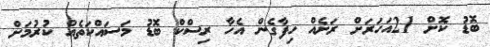
ބޮޑު ކޮށް 21އަހަރަށް ރަށެއް ހިފާގެން އެހާ ރިސްކް ބޮޑު މަސައްކަތެއް ކުރުމަށް